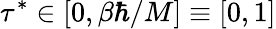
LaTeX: \tau^{*}\in[0,\beta\hbar/M]\equiv[0,1]